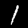
Label: 1